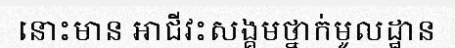
នោះមាន អាជីវះសង្គមថ្នាក់មូលដ្ឋាន